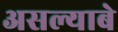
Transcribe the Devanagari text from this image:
असल्याबे